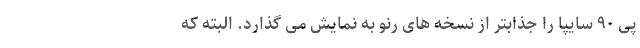
پی ۹۰ سایپا را جذابتر از نسخه های رنو به نمایش می گذارد. البته که